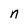
Character: n